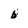
Character: b